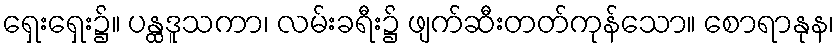
ရှေးရှေး၌။ ပန္ထဒူသကာ၊ လမ်းခရီး၌ ဖျက်ဆီးတတ်ကုန်သော။ စောရာနုန၊